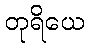
တုရိယေ